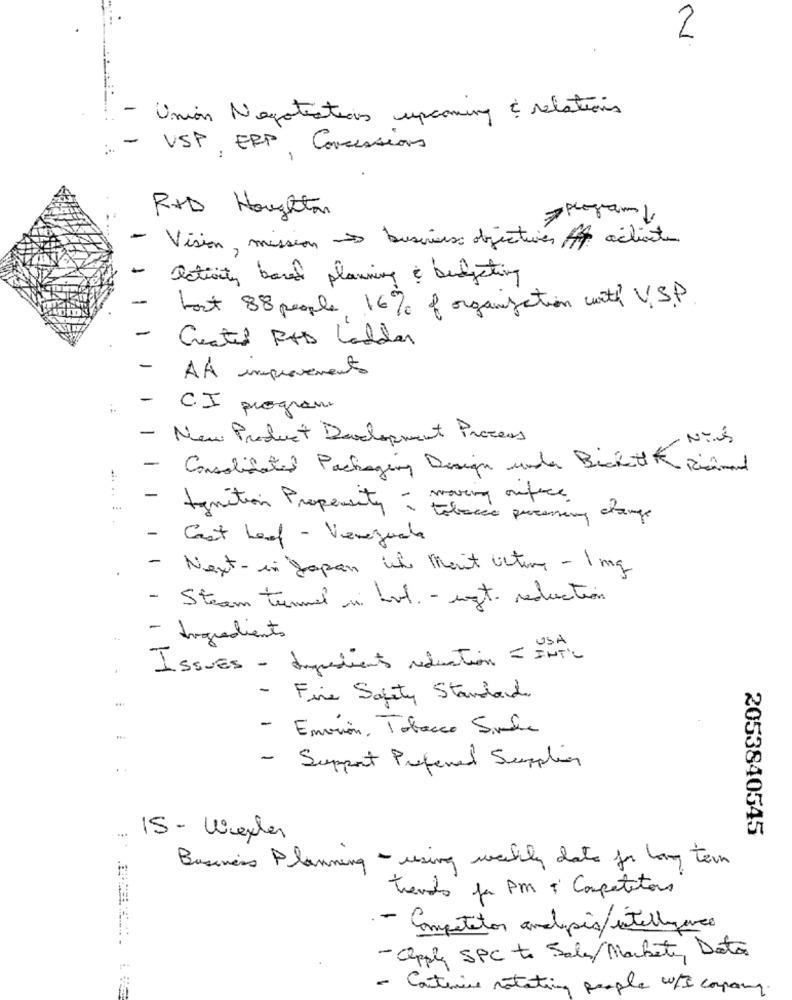
2
- Union Negotiations upcoming & relations
- USP, ERP, Concessions
-
R+D Houghton
- Vision, mission business objectives ff aclientes
activity based planning & budgeting
-
bout 88 people, 16% of organization with V.S.P
-
Created PHD Ladder
-
AA improvements
.:
- CI program
- New Product Development Process
-
Consolidated Packaging Design under Beckett Kimand
-
tymition Propensity - moving onfire
tobacco processing alange
- Cast Leaf - Venezuela
- Next- in Japan il Mait Outing - 1 mg
- Steam tunnel in hot. - ugt. reduction
- Ingredients
ISSUES - digredients reduction = INT'L
Fire Safety Standards
- Envion, Tobacco Simula
..
- Support Preferred Supplier
2053840545
15 - Wexler
Business Planning - using weekly date for long term
trends ja PM ¿ Competitors
- Competitor andipês/intelligence
- apply SPC to Sales Markete, Data
- Continue rotating people w/I company.